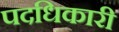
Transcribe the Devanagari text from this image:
पदधिकारी